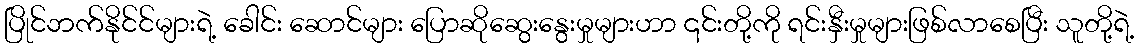
ပြိုင်ဘက်နိုင်င်များရဲ့ ခေါင်း ဆောင်များ ပြောဆိုဆွေးနွေးမှုများဟာ ၎င်းတို့ကို ရင်းနှီးမှုများဖြစ်လာစေပြီး သူတို့ရဲ့